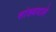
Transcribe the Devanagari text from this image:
सांख्यवाले